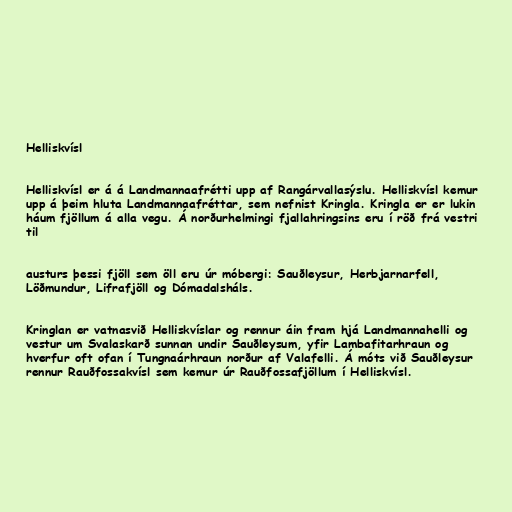
Helliskvísl

Helliskvísl er á á Landmannaafrétti upp af Rangárvallasýslu. Helliskvísl kemur
upp á þeim hluta Landmannaafréttar, sem nefnist Kringla. Kringla er er lukin
háum fjöllum á alla vegu. Á norðurhelmingi fjallahringsins eru í röð frá vestri
til

austurs þessi fjöll sem öll eru úr móbergi: Sauðleysur, Herbjarnarfell,
Löðmundur, Lifrafjöll og Dómadalsháls.

Kringlan er vatnasvið Hellis­kvíslar og rennur áin fram hjá Landmannahelli og
vestur um Svalaskarð sunnan undir Sauðleysum, yfir Lambafitarhraun og
hverfur oft ofan í Tungnaárhraun norður af Valafelli. Á móts við Sauðleysur
rennur Rauðfossakvísl sem kemur úr Rauðfossafjöllum í Helliskvísl.